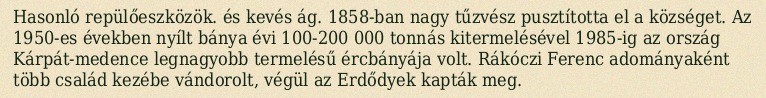
Hasonló repülőeszközök. és kevés ág. 1858-ban nagy tűzvész pusztította el a községet. Az 1950-es években nyílt bánya évi 100-200 000 tonnás kitermelésével 1985-ig az ország Kárpát-medence legnagyobb termelésű ércbányája volt. Rákóczi Ferenc adományaként több család kezébe vándorolt, végül az Erdődyek kapták meg.